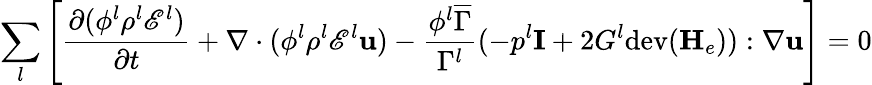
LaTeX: \sum_{l}\left[\frac{\partial(\phi^{l}\rho^{l}\mathscr{E}^{l})}{\partial t}+\nabla\cdot(\phi^{l}\rho^{l}\mathscr{E}^{l}\mathbf{u})-\frac{\phi^{l}\overline{{\Gamma}}}{\Gamma^{l}}(-p^{l}\mathbf{I}+2G^{l}\mathrm{dev}(\mathbf{H}_{e})):\nabla\mathbf{u}\right]=0